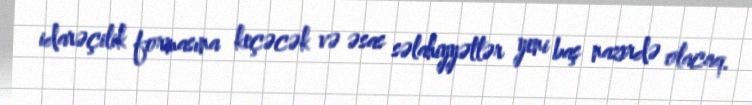
idarəçilik formasına keçəcək və əsas səlahiyyətlər yeni baş nazirdə olacaq.